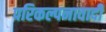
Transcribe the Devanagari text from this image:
परिकल्पनावादी